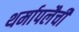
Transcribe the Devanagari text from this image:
थर्मापलैची